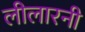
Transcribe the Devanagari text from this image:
लीलारनी